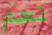
نعم